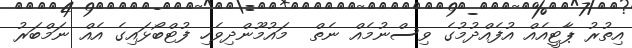
އިތުރު ޕާޓީއެއް އުފެއްދުމުގެ ވިސްނުމެއް ނެތް  މައުމޫންދިވެހި ފުޓްބޯޅައިގެ އެއް ނަމްބަރު